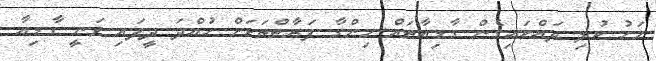
މަހު ކުލި ދައްކައިގެން ގާޑިއާތައް ހިންގާ ފަރާތްތަކަށް ހުއްދަ ދީފައި ވަނީ ގާޑިއާ